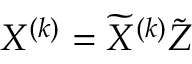
{ X } ^ { ( k ) } = \widetilde { X } ^ { ( k ) } \widetilde { Z }